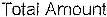
TOTAL AMOUNT